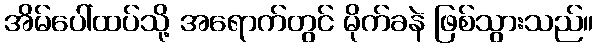
အိမ်ပေါ်ထပ်သို့ အရောက်တွင် မိုက်ခနဲ ဖြစ်သွားသည်။